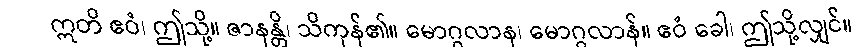
ဣတိ ဧဝံ၊ ဤသို့။ ဇာနန္တိ၊ သိကုန်၏။ မောဂ္ဂလာန၊ မောဂ္ဂလာန်။ ဧဝံ ခေါ၊ ဤသို့လျှင်။